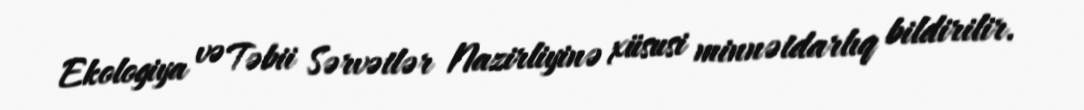
Ekologiya və Təbii Sərvətlər Nazirliyinə xüsusi minnətdarlıq bildirilir.